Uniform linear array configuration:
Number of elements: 8
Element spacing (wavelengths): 0.5
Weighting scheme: hann
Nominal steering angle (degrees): -60
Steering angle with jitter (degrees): -59.083
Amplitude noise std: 0.05
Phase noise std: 0.05

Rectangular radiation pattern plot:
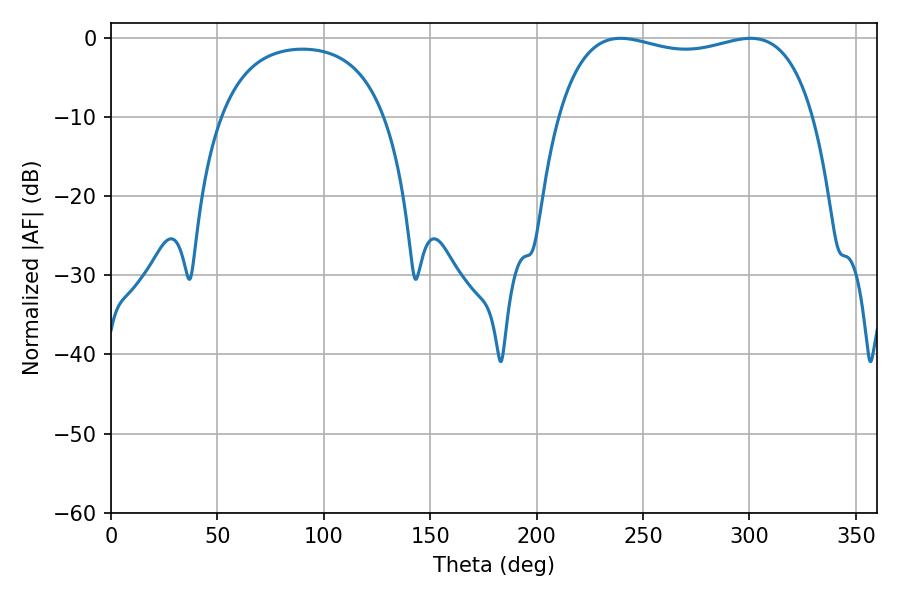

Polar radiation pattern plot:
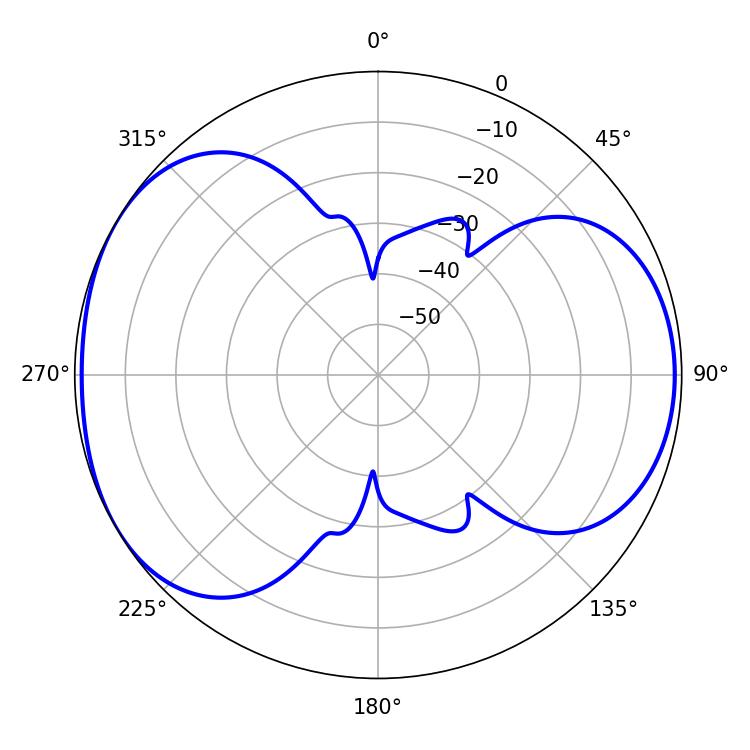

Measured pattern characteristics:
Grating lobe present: FALSE
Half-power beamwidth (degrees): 97.56
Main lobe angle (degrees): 239.4